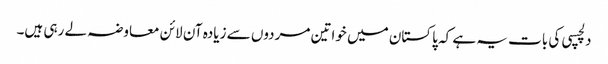
دلچسپی کی بات یہ ہے کہ پاکستان میں خواتین مردوں سے زیادہ آن لائن معاوضہ لے رہی ہیں۔